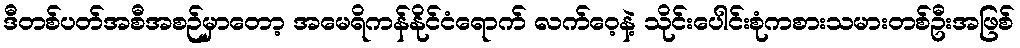
ဒီတစ်ပတ်အစီအစဉ်မှာတော့ အမေရိကန်နိုင်ငံရောက် လက်ဝေ့နဲ့ သိုင်းပေါင်းစုံကစားသမားတစ်ဦးအဖြစ်